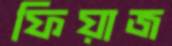
ফিয়াজ